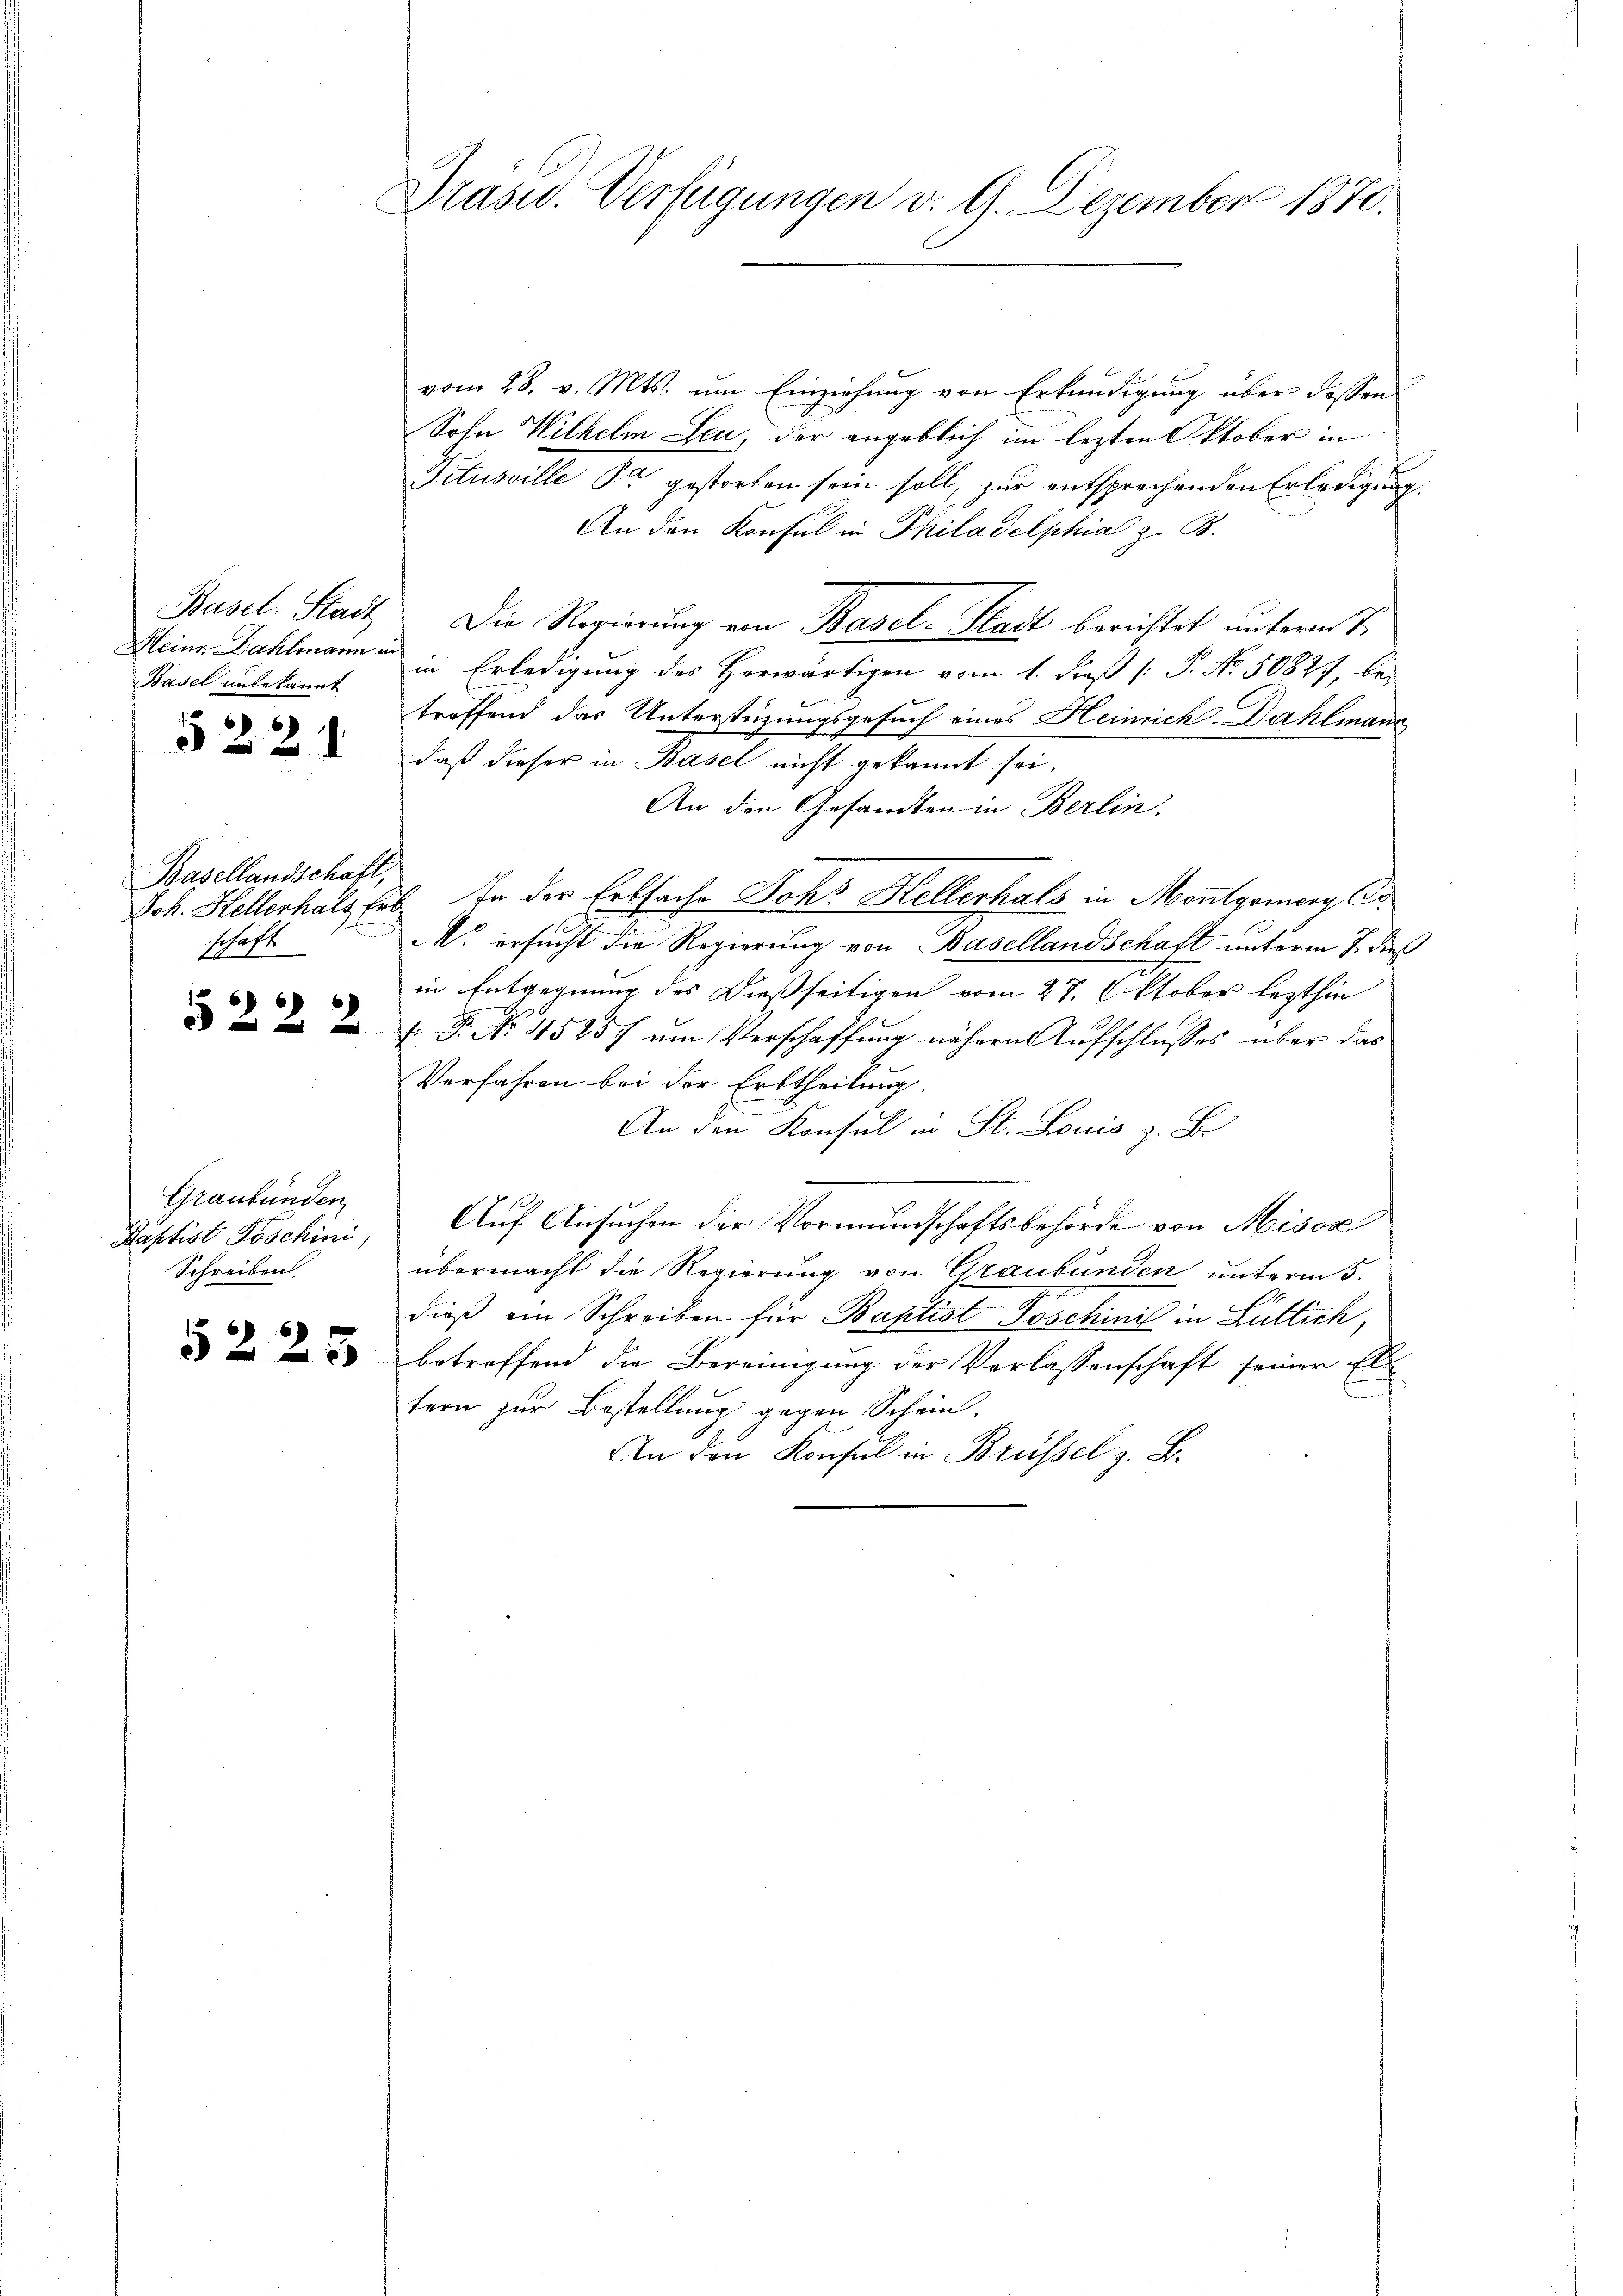
Basel-Stadt
Heine Dahlmann in
Basel unbekannt
5221

Basellandschaft,
schaft

522 x

Graubünden
Baptist Poschini,
Schreiben

5223

Präsid. Verfügungen v. 1. Dezember 1870.

vom 28. v. Mts. um Einziehung von Erkundigung über dassen
Sohn Wilhelm Leu, der angeblich im lezten Oktober in
Titusville Er gestorben sein soll, zur entsprechenden Erledigung.
An den Konsul in Philadelphia z. B.
Die Regierung von Basel-Stadt berichtet unterm 7.
in Erledigung des Herwärtigen vom 1. dieß P. No. 50877, be-
treffend das Unterstüzungsgesuch eines Heinrich Dahlmann
daß dieser in Basel nicht gekannt sei.
An die Gesandten in Berlin.
Joh. Hellerhals Erb. In der Erbsache Johs. Hellerhals in Montgomery C
M. ersucht die Regierung von Basellandschaft unterm 7. dieß
in Entgegnung des Dießseitigen vom 27. Oktober lezthin
 Fr. No. 45257 um Verschaffung nähern Aufschlusses über das
Verfahren bei der Erbtheilung.
An den Konsul in St. Louis z. B.
.
Auf Ansuchen der Vormundschaftsbehörde von Misox
übermacht die Regierung von Graubünden unterm 5.
dieß ein Schreiben für Baptist Goschinis in Lütlich,
betroffend die Bereinigung der Verlassenschaft seiner El
tern zur Bestellung gegen Scheint.
An den Konsul in Brüssel z. B.